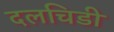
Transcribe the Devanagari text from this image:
दलचिडी